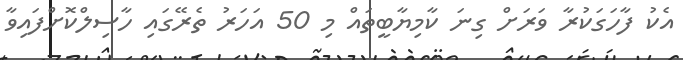
އެކު ފާހަގަކުރާ ވަރަށް ގިނަ ކާމިޔާބީތައް މި 50 އަހަރު ތެރޭގައި ހާސިލްކޮށްފައިވާ